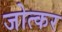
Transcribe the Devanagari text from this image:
जोत्कर